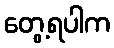
တွေ့ရပါက